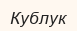
Кублук